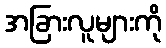
အခြားလူများကို